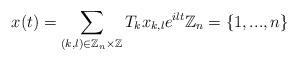
LaTeX: \begin{align*}x(t)=\sum_{(k,l)\in\mathbb{Z}_{n}\times\mathbb{Z}}T_{k}x_{k,l}e^{ilt}\mathbb{Z}_{n}=\{1,...,n\}\end{align*}